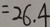
= 2 6 . 4